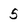
Character: 5